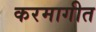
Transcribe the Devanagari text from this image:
करमागीत